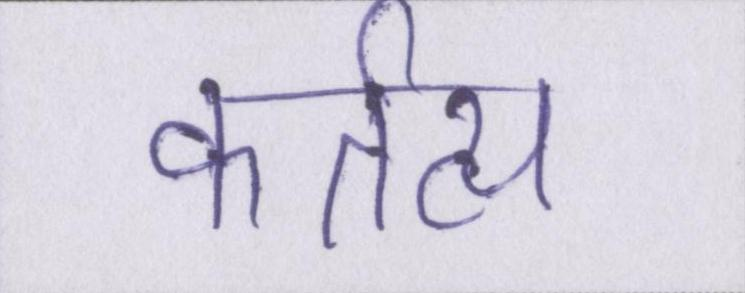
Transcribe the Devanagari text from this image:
कर्तव्य